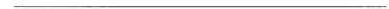
___